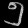
Digit: ၅